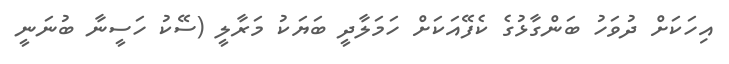
އިހަކަށް ދުވަހު ބަންގާޅުގެ ކެފޭއަކަށް ހަމަލާދީ ބަޔަކު މަރާލީ (ސޭކު ހަސީނާ ބުނަނީ